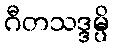
ဂီတသဒ္ဒမ္ပိ